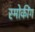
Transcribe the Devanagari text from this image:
स्मोकींग